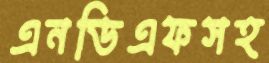
এনডিএফসহ